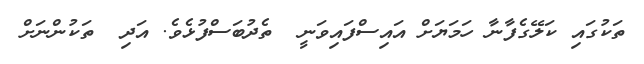
ތަކުގައި ކަލޭގެފާނާ ހަމަޔަށް އައިސްފައިވަނީ  ތެދުބަސްފުޅެވެ. އަދި  ތަކުންނަށް